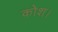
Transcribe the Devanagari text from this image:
कोश।